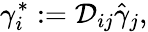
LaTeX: {\gamma}_{i}^{*}:=\mathcal{D}_{ij}\hat{\gamma}_{j},